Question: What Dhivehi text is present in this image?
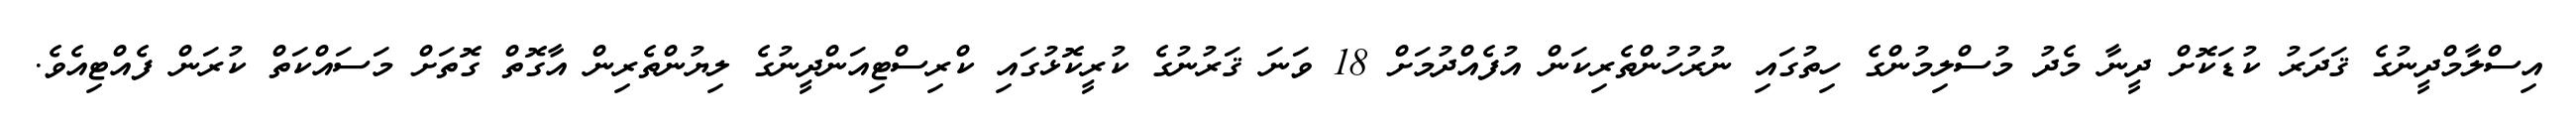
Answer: އިސްލާމްދީނުގެ ޤަދަރު ކުޑަކޮށް ދީނާ މެދު މުސްލިމުންގެ ހިތުގައި ނުރުހުންތެރިކަން އުފެއްދުމަށް 18 ވަނަ ޤަރުނުގެ ކުރީކޮޅުގައި ކްރިސްޓިއަންދީނުގެ ލިޔުންތެރިން އާގޮތް ގޮތަށް މަސައްކަތް ކުރަން ފެއްޓިއެވެ.